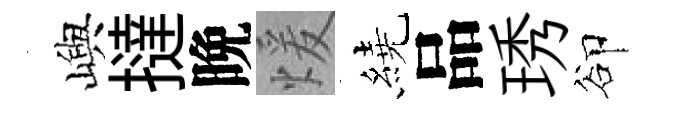
嶼撻晩煖繞品琇卻